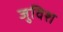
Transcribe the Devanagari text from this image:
जुविश